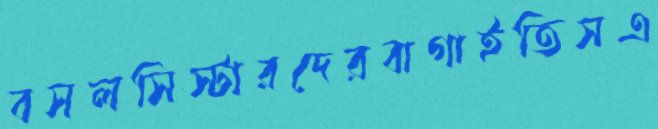
বসলসিস্টারদেরবাগাইতিসএ